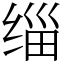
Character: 缁